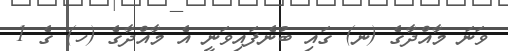
ވަނަ މާއްދާގެ (ނ) ގައި ބުނެފައިވަނީ އެ މާއްދާގެ (ހ) ގެ 1